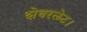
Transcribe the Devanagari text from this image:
शेवरलेट।